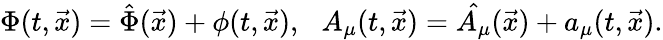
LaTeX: \Phi(t,\vec{x})=\hat{\Phi}(\vec{x})+\phi(t,\vec{x}),\: \: \: A_{\mu}(t,\vec{x})=\hat{A_{\mu}}(\vec{x})+a_{\mu}(t,\vec{x}).